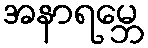
အနာရမ္ဘေ